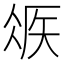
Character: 𥏂